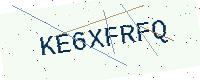
Text: KE6XFRFQ